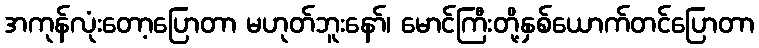
အကုန်လုံးတော့ပြောတာ မဟုတ်ဘူးနော်၊ မောင်ကြီးတို့နှစ်ယောက်တင်ပြောတာ